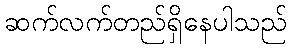
ဆက်လက်တည်ရှိနေပါသည်